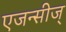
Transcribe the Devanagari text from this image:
एजन्सीज्